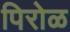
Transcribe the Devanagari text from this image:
पिरोळ